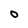
Character: O